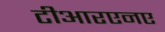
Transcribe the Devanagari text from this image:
टीआरएनए